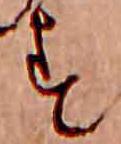
す